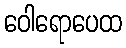
ဝေါရောပေထ